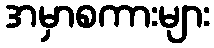
အမှာစကားများ